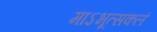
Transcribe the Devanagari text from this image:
माऽभूत्सकलं